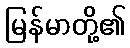
မြန်မာတို့၏